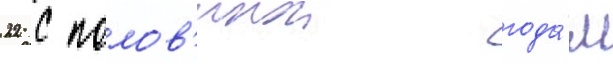
22 с полов'инои года́м